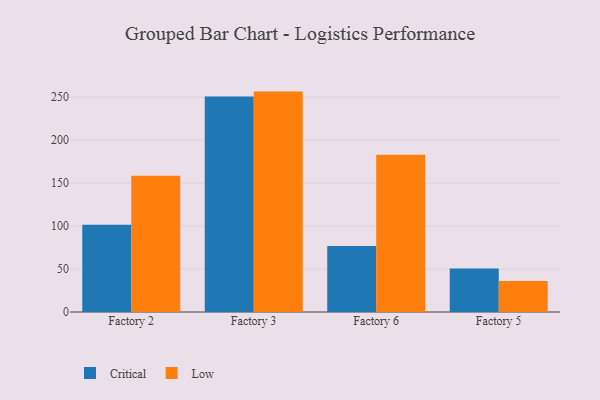
{"axis": {"x": "Factory", "y": "Churn Rate (%)"}, "legend": ["Critical", "Low"], "data": [{"x": "Factory 2", "y": 101.4, "type": "Critical"}, {"x": "Factory 2", "y": 158.5, "type": "Low"}, {"x": "Factory 3", "y": 250.8, "type": "Critical"}, {"x": "Factory 3", "y": 256.5, "type": "Low"}, {"x": "Factory 6", "y": 76.9, "type": "Critical"}, {"x": "Factory 6", "y": 183.0, "type": "Low"}, {"x": "Factory 5", "y": 50.6, "type": "Critical"}, {"x": "Factory 5", "y": 36.2, "type": "Low"}]}